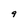
Character: 9